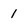
Character: 1